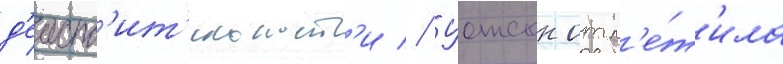
д'еиств'ит'ельност'и // Уотсон отм'е́т'ила